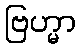
ဗြဟ္မာ